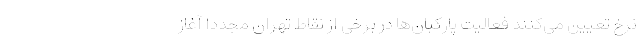
نرخ تعیین می‌کنند فعالیت پارکبان‌ها در برخی از نقاط تهران مجدداً آغاز